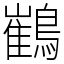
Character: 䳽